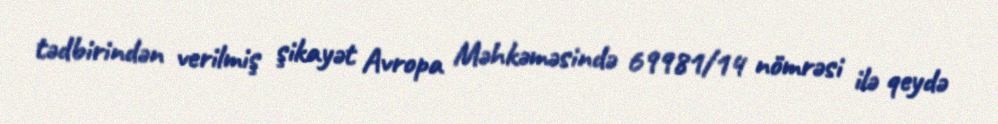
tədbirindən verilmiş şikayət Avropa Məhkəməsində 69981/14 nömrəsi ilə qeydə